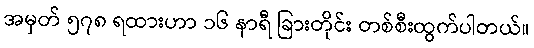
အမှတ် ၅၇၈ ရထားဟာ ၁၆ နာရီ ခြားတိုင်း တစ်စီးထွက်ပါတယ်။